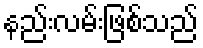
နည်းလမ်းဖြစ်သည်